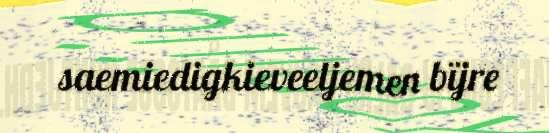
saemiedigkieveeljemen bïjre